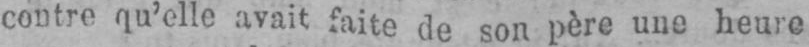
contre qu’elle avait faite de son père une heure